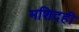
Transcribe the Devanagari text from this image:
मशिदही